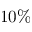
1 0 \%